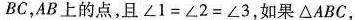
BC，AB上的点，且$$∠ 1 = ∠ 2 = ∠ 3$$，如果△ABC，